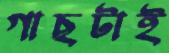
গাছটাই